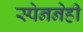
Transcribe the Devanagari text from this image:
स्पेननेही